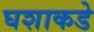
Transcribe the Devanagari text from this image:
घशाकडे